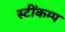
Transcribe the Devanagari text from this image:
स्टींकम्प